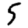
Digit: 5